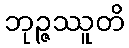
ဘုဉ္ဇဿူတိ